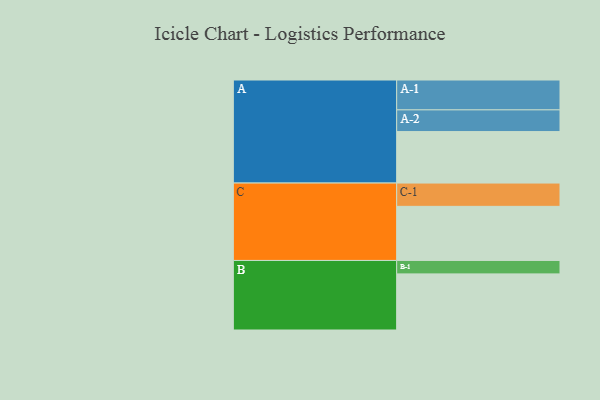
{"axis": {"x": "Segment", "y": "Value"}, "legend": ["", "A", "B", "C"], "data": [{"x": "A", "y": 510, "type": ""}, {"x": "B", "y": 556, "type": ""}, {"x": "C", "y": 536, "type": ""}, {"x": "A-1", "y": 296, "type": "A"}, {"x": "A-2", "y": 215, "type": "A"}, {"x": "B-1", "y": 133, "type": "B"}, {"x": "C-1", "y": 231, "type": "C"}]}